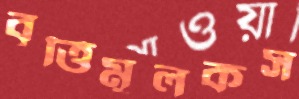
বৃত্তিমূলকস